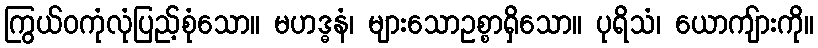
ကြွယ်ဝကုံလုံပြည့်စုံသော။ မဟဒ္ဓနံ၊ များသောဥစ္စာရှိသော။ ပုရိသံ၊ ယောကျ်ားကို။